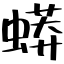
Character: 蟒